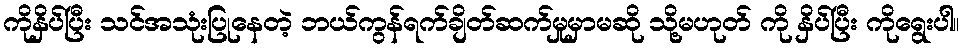
ကိုနှိပ်ပြီး သင်အသုံးပြုနေတဲ့ ဘယ်ကွန်ရက်ချိတ်ဆက်မှုမှာမဆို သို့မဟုတ် ကို နှိပ်ပြီး ကိုရွေးပါ။